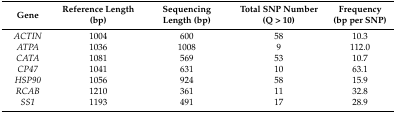
| Gene | Reference Length (bp) | Sequencing Length (bp) | Total SNP Number (Q > 10) | Frequency (bp per SNP) |
 | --- | --- | --- | --- | --- |
 | ACTIN | 1004 | 600 | 58 | 10.3 |
 | ATPA | 1036 | 1008 | 9 | 112.0 |
 | CATA | 1081 | 569 | 53 | 10.7 |
 | CP47 | 1041 | 631 | 10 | 63.1 |
 | HSP90 | 1056 | 924 | 58 | 15.9 |
 | RCAB | 1210 | 361 | 11 | 32.8 |
 | SS1 | 1193 | 491 | 17 | 28.9 |